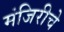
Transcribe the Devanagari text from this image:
मंजिरीचे